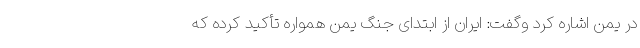
در یمن اشاره کرد وگفت: ایران از ابتدای جنگ یمن همواره تأکید کرده که